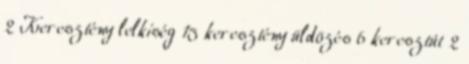
2 Keresztény lelkiség 15 keresztény üldözés 6 keresztút 2